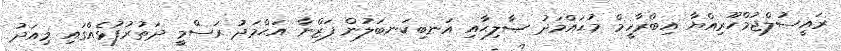
ރައީސުލްޖުމްހޫރިއްޔާ އިބްރާހީމް މުޙައްމަދު ޞާލިޙާއި އަނބިކަނބަލުން ފަޒްނާ އަޙްމަދު ރަސްމީ ދަތުރުފުޅެއްގައި މިއަދު